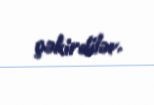
çəkirdilər.